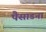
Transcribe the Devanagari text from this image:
पैसाडना